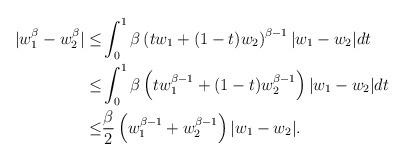
LaTeX: \begin{align*} |w_1^\beta-w_2^\beta| \leq & \int_0^1\beta\left(tw_1+(1-t)w_2\right)^{\beta-1} |w_1-w_2|dt\\ \leq & \int_0^1\beta\left(tw_1^{\beta-1}+(1-t)w_2^{\beta-1}\right) |w_1-w_2|dt \\ \leq & \frac{\beta}{2}\left(w_1^{\beta-1}+w_2^{\beta-1}\right) |w_1-w_2|. \end{align*}